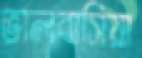
ভালবাসিয়া